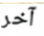
آخر